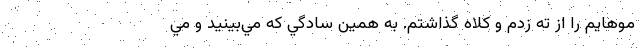
موهايم را از ته زدم و كلاه گذاشتم. به همين سادگي كه مي‌بينيد و مي